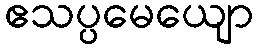
ဧသပ္ပမေယျော